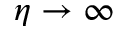
\eta \to \infty